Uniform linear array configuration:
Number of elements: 12
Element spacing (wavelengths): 0.5
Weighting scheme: binomial
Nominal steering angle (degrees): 60
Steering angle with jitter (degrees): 59.441
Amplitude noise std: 0.05
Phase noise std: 0.05

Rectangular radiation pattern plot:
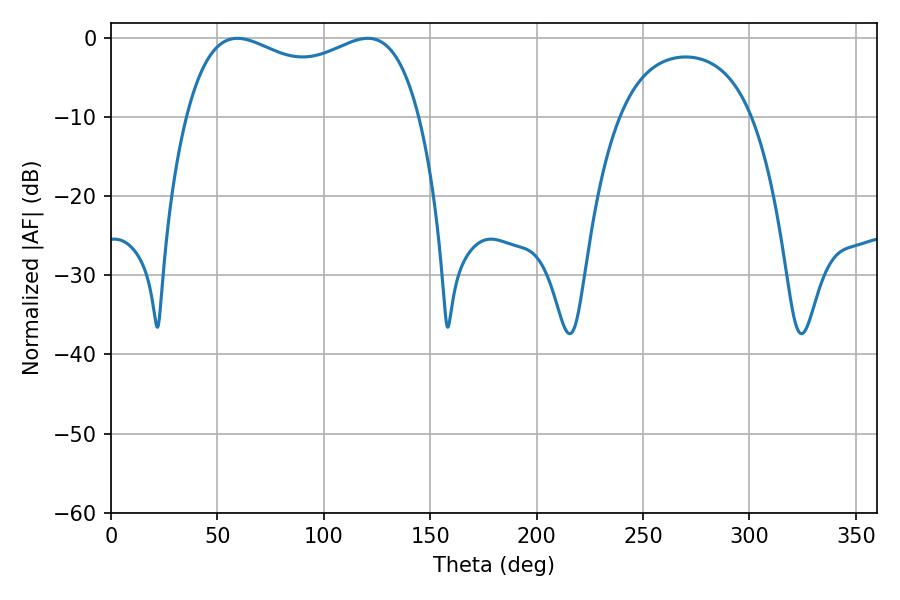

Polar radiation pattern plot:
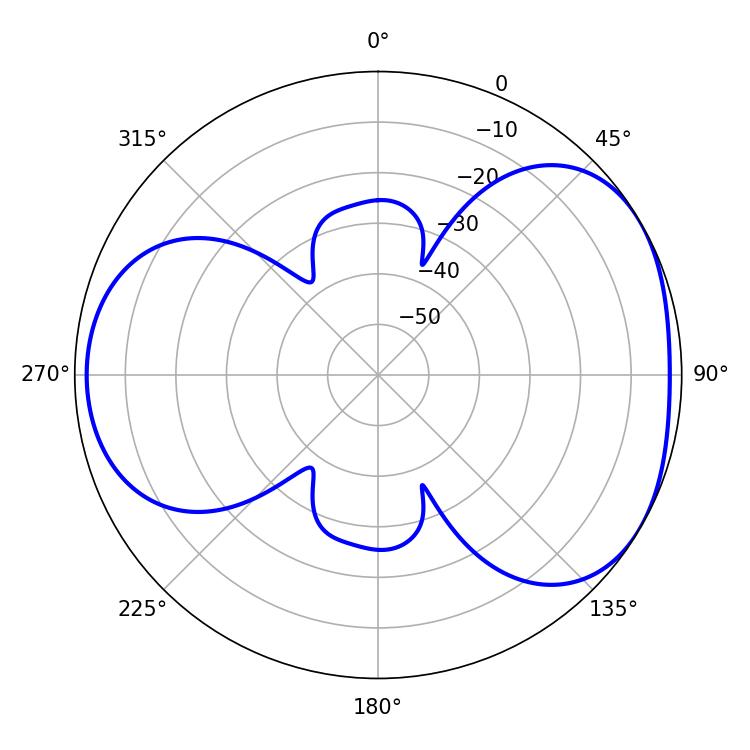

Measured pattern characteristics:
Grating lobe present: FALSE
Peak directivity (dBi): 4.259
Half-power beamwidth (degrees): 90.36
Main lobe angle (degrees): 59.4